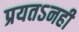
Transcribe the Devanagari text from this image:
प्रयतऽनही